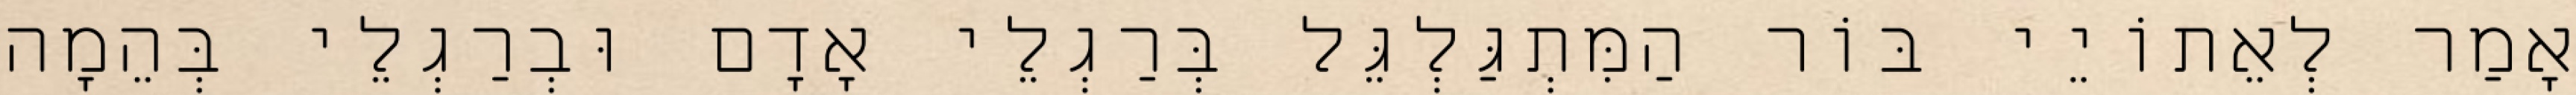
אָמַר לְאֵתוֹיֵי בּוֹר הַמִּתְגַּלְגֵּל בְּרַגְלֵי אָדָם וּבְרַגְלֵי בְּהֵמָה